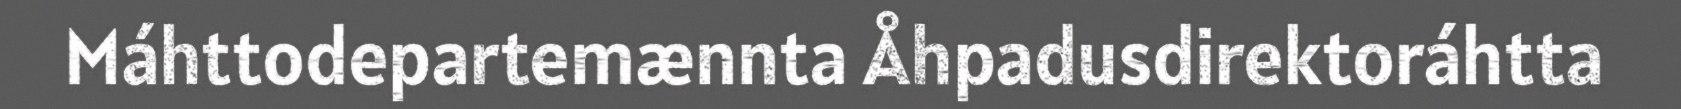
Máhttodepartemænnta Åhpadusdirektoráhtta